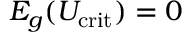
E _ { g } ( U _ { \mathrm { c r i t } } ) = 0